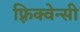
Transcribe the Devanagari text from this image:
फ़्रिक्वेन्सी